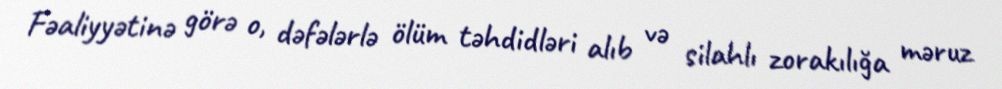
Fəaliyyətinə görə o, dəfələrlə ölüm təhdidləri alıb və silahlı zorakılığa məruz